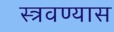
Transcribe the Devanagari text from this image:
स्त्रवण्यास